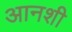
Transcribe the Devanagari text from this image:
आनशी